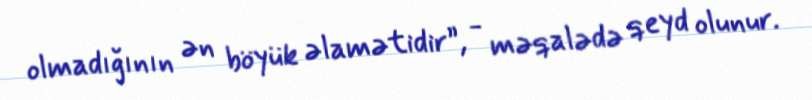
olmadığının ən böyük əlamətidir”, - məqalədə qeyd olunur.